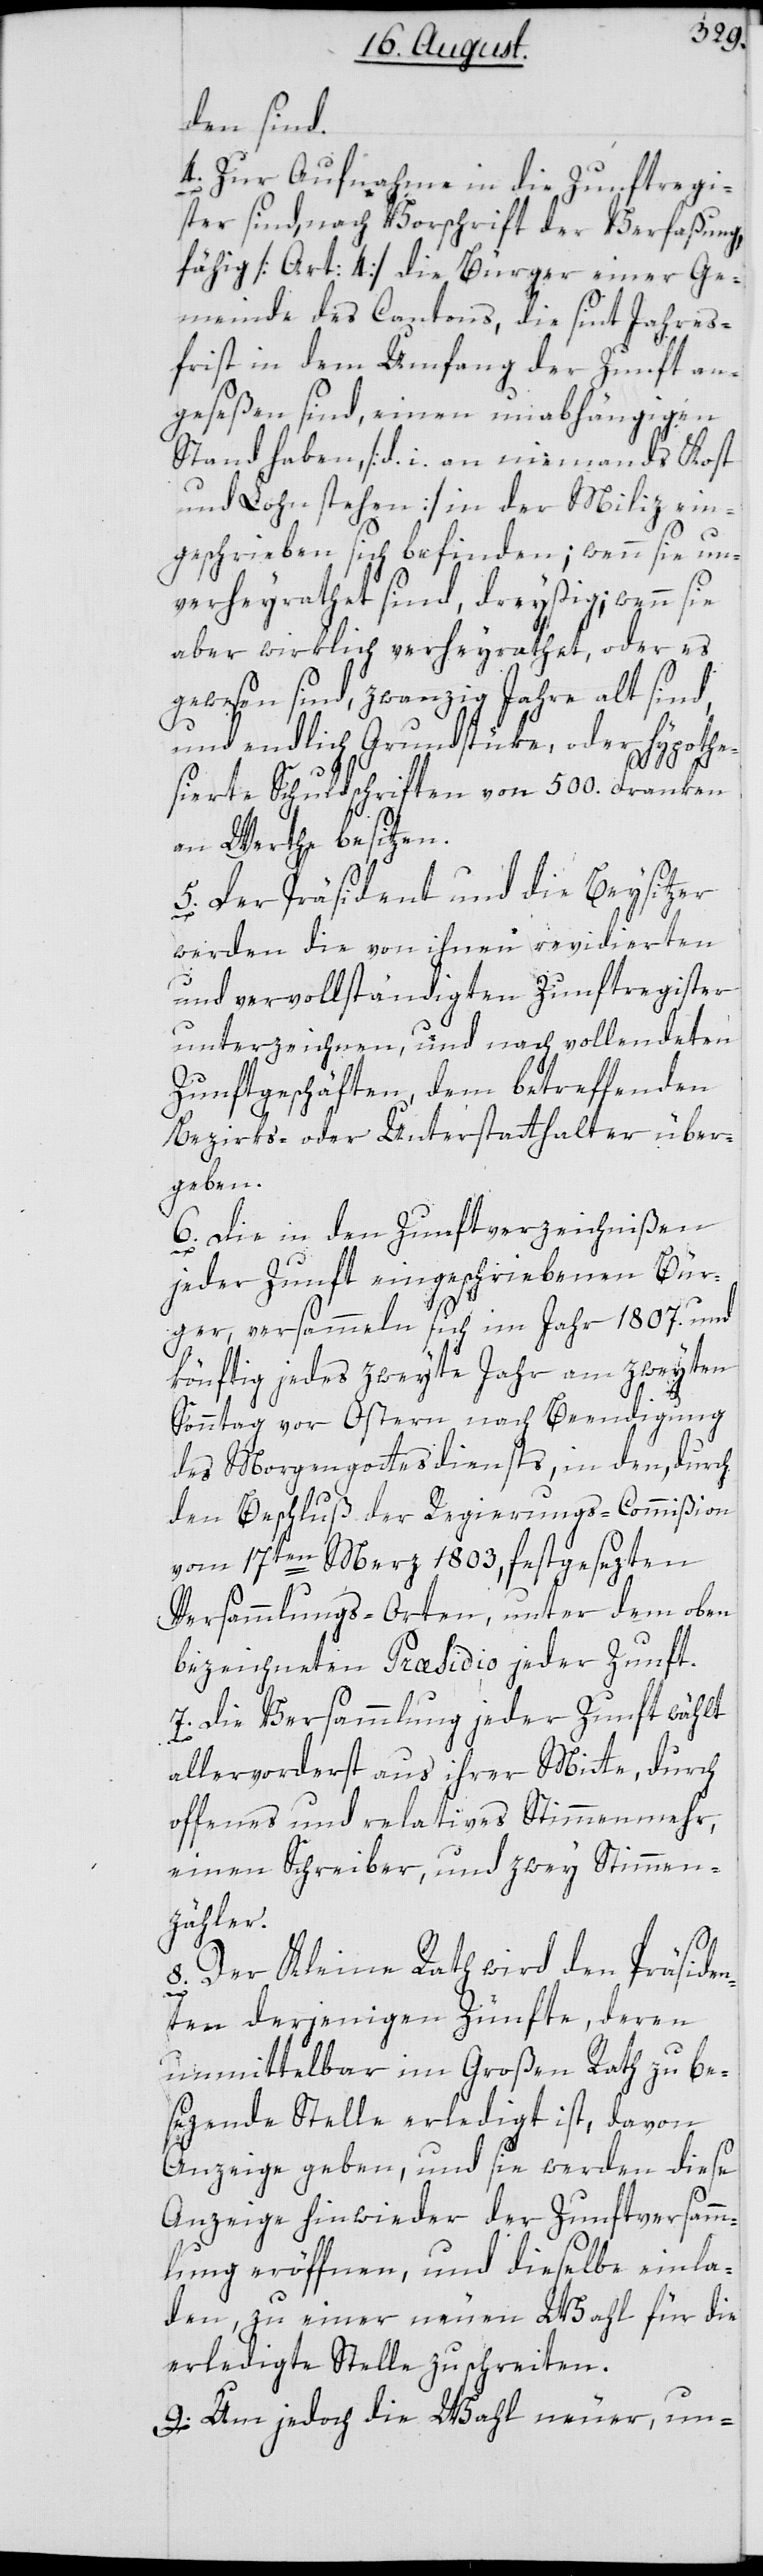
den sind.
4. Zur Aufnahme in die Zunftregi¬
ster sind, nach Vorschrift der Verfaßung,
fähig [Art: 4] die Bürger einer Ge¬
meinde des Cantons, die sint Jahres¬
frist in dem Umfang der Zunft an¬
geseßen sind, einen unabhängigen
Stand haben, [d. i. an niemands Kost
und Lohn stehen] in der Miliz ein¬
geschrieben sich befinden; wenn sie un¬
verheyrathet sind, dreyßig; wenn sie
aber wirklich verheyrathet, oder es
gewesen sind, zwanzig Jahre alt sind,
und endlich Grundstüke, oder hypothe¬
sierte Schuldschriften von 500. Franken
an Werthe besitzen.
5. Der Präsident und die Beysitzer
werden die von ihnen revidierten
und vervollständigten Zunftregister
unterzeichnen, und nach vollendeten
Zunftgeschäften, dem betreffenden
Bezirks– oder Unterstatthalter über¬
geben.
6. Die in den Zunftverzeichnißen
jeder Zunft eingeschriebenen Bür¬
ger, versammeln sich im Jahr 1807. und
könftig jedes zweyte Jahr am zweyten
Sonntag vor Ostern, nach Beendigung
des Morgengottesdiensts, in den, durch
den Beschluß der Regierungs-Commißion
vom 17ten Merz 1803, festgesezten
Versammlungs-Orten, unter dem oben
bezeichneten Præsidio jeder Zunft.
7. Die Versammlung jeder Zunft wählt
allervorderst aus ihrer Mitte, durch
offenes und relatives Stimmenmehr,
einen Schreiber, und zwey Stimmen¬
zähler.
8. Der Kleine Rath wird den Präsiden¬
ten derjenigen Zünfte, deren
unmittelbar im Großen Rath zu be¬
sezende Stelle erledigt ist, davon
Anzeige geben, und sie werden diese
Anzeige hinwieder der Zunftversamm¬
lung eröffnen, und dieselbe einla¬
den, zu einer neuen Wahl für die
erledigte Stelle zu schreiten.
9. Um jedoch die Wahl neuer, un-